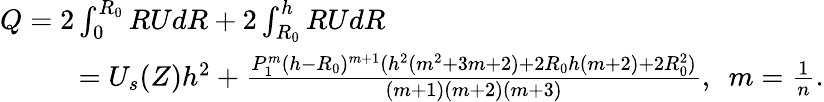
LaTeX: \begin{array}{r}{Q=2\int_{0}^{R_{0}}RUdR+2\int_{R_{0}}^{h}RUdR~~~~~~~~~~~~~~~~~~~~~~~~~~~~~~~~~~~~~~~~~~~~~~~~~~~~~~~~~~~~~~}\\ {=U_{s}(Z)h^{2}+\frac{P_{1}^{m}(h-R_{0})^{m+1}(h^{2}(m^{2}+3m+2)+2R_{0}h(m+2)+2R_{0}^{2})}{(m+1)(m+2)(m+3)},~~m=\frac{1}{n}.}\end{array}